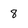
Character: 8